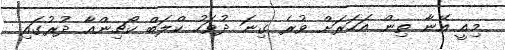
މިއީ އޭނާ ތިން އަހަރަށް ވުރެ ގިނަ ދުވަހު ކްލަބް ކޯޗިންއާ ދުރުގައި